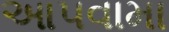
આ૫વામા